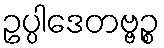
ဥပ္ပါဒေတဗ္ဗဉ္စ